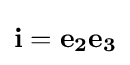
\mathbf {i} =\mathbf {e_{2}} \mathbf {e_{3}}